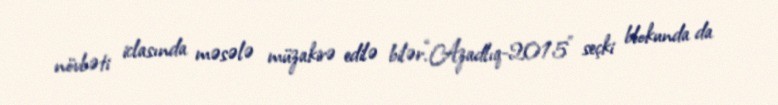
növbəti iclasında məsələ müzakirə edilə bilər.“Azadlıq-2015" seçki blokunda da